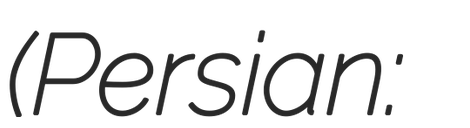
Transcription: (Persian: حسین